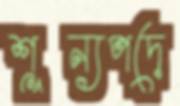
শূন্যপদে